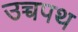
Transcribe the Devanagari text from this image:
उच्चपथ